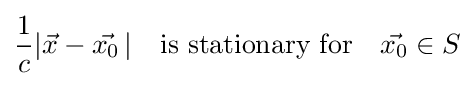
{\frac {1}{c}}|{\vec {x}}-{\vec {x_{0}}}\,|\quad {\hbox{is stationary for}}\quad {\vec {x_{0}}}\in S